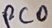
Text: PC0